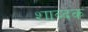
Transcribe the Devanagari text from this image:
शाब्दक